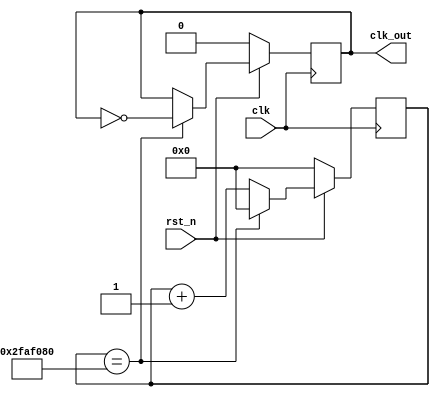
`timescale 1ns / 1ps
module Divider(clk,rst_n,clk_out);
/*  */
input clk;                //
input rst_n;              //,
output reg clk_out;       //CPU
/*  */
reg [31:0] count3=32'd0; //50,000,000
//50,000,000
always @(posedge clk) 
begin 
    if(!rst_n)
    begin
      count3 <= 1'b0;
      clk_out <= 0;  
    end
    else if(count3 == 32'd50000000) 
    begin 
        count3 <= 32'd0; 
        clk_out <= ~clk_out; 
    end 
    else
        count3 <= count3+1'b1; 
end
endmodule